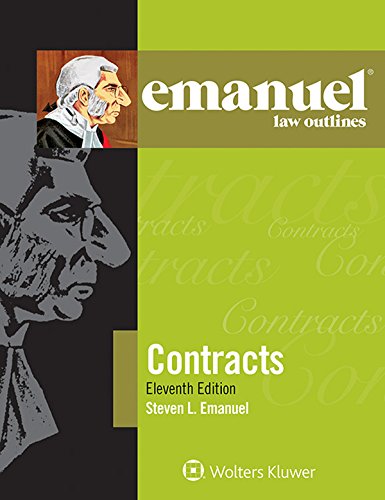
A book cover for Emanuel Law Outline: Contracts (Emanuel Law Outlines); Steven L. Emanuel; Law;